Kiideva_(Sinalepa)_vallavalitsus, lk 11
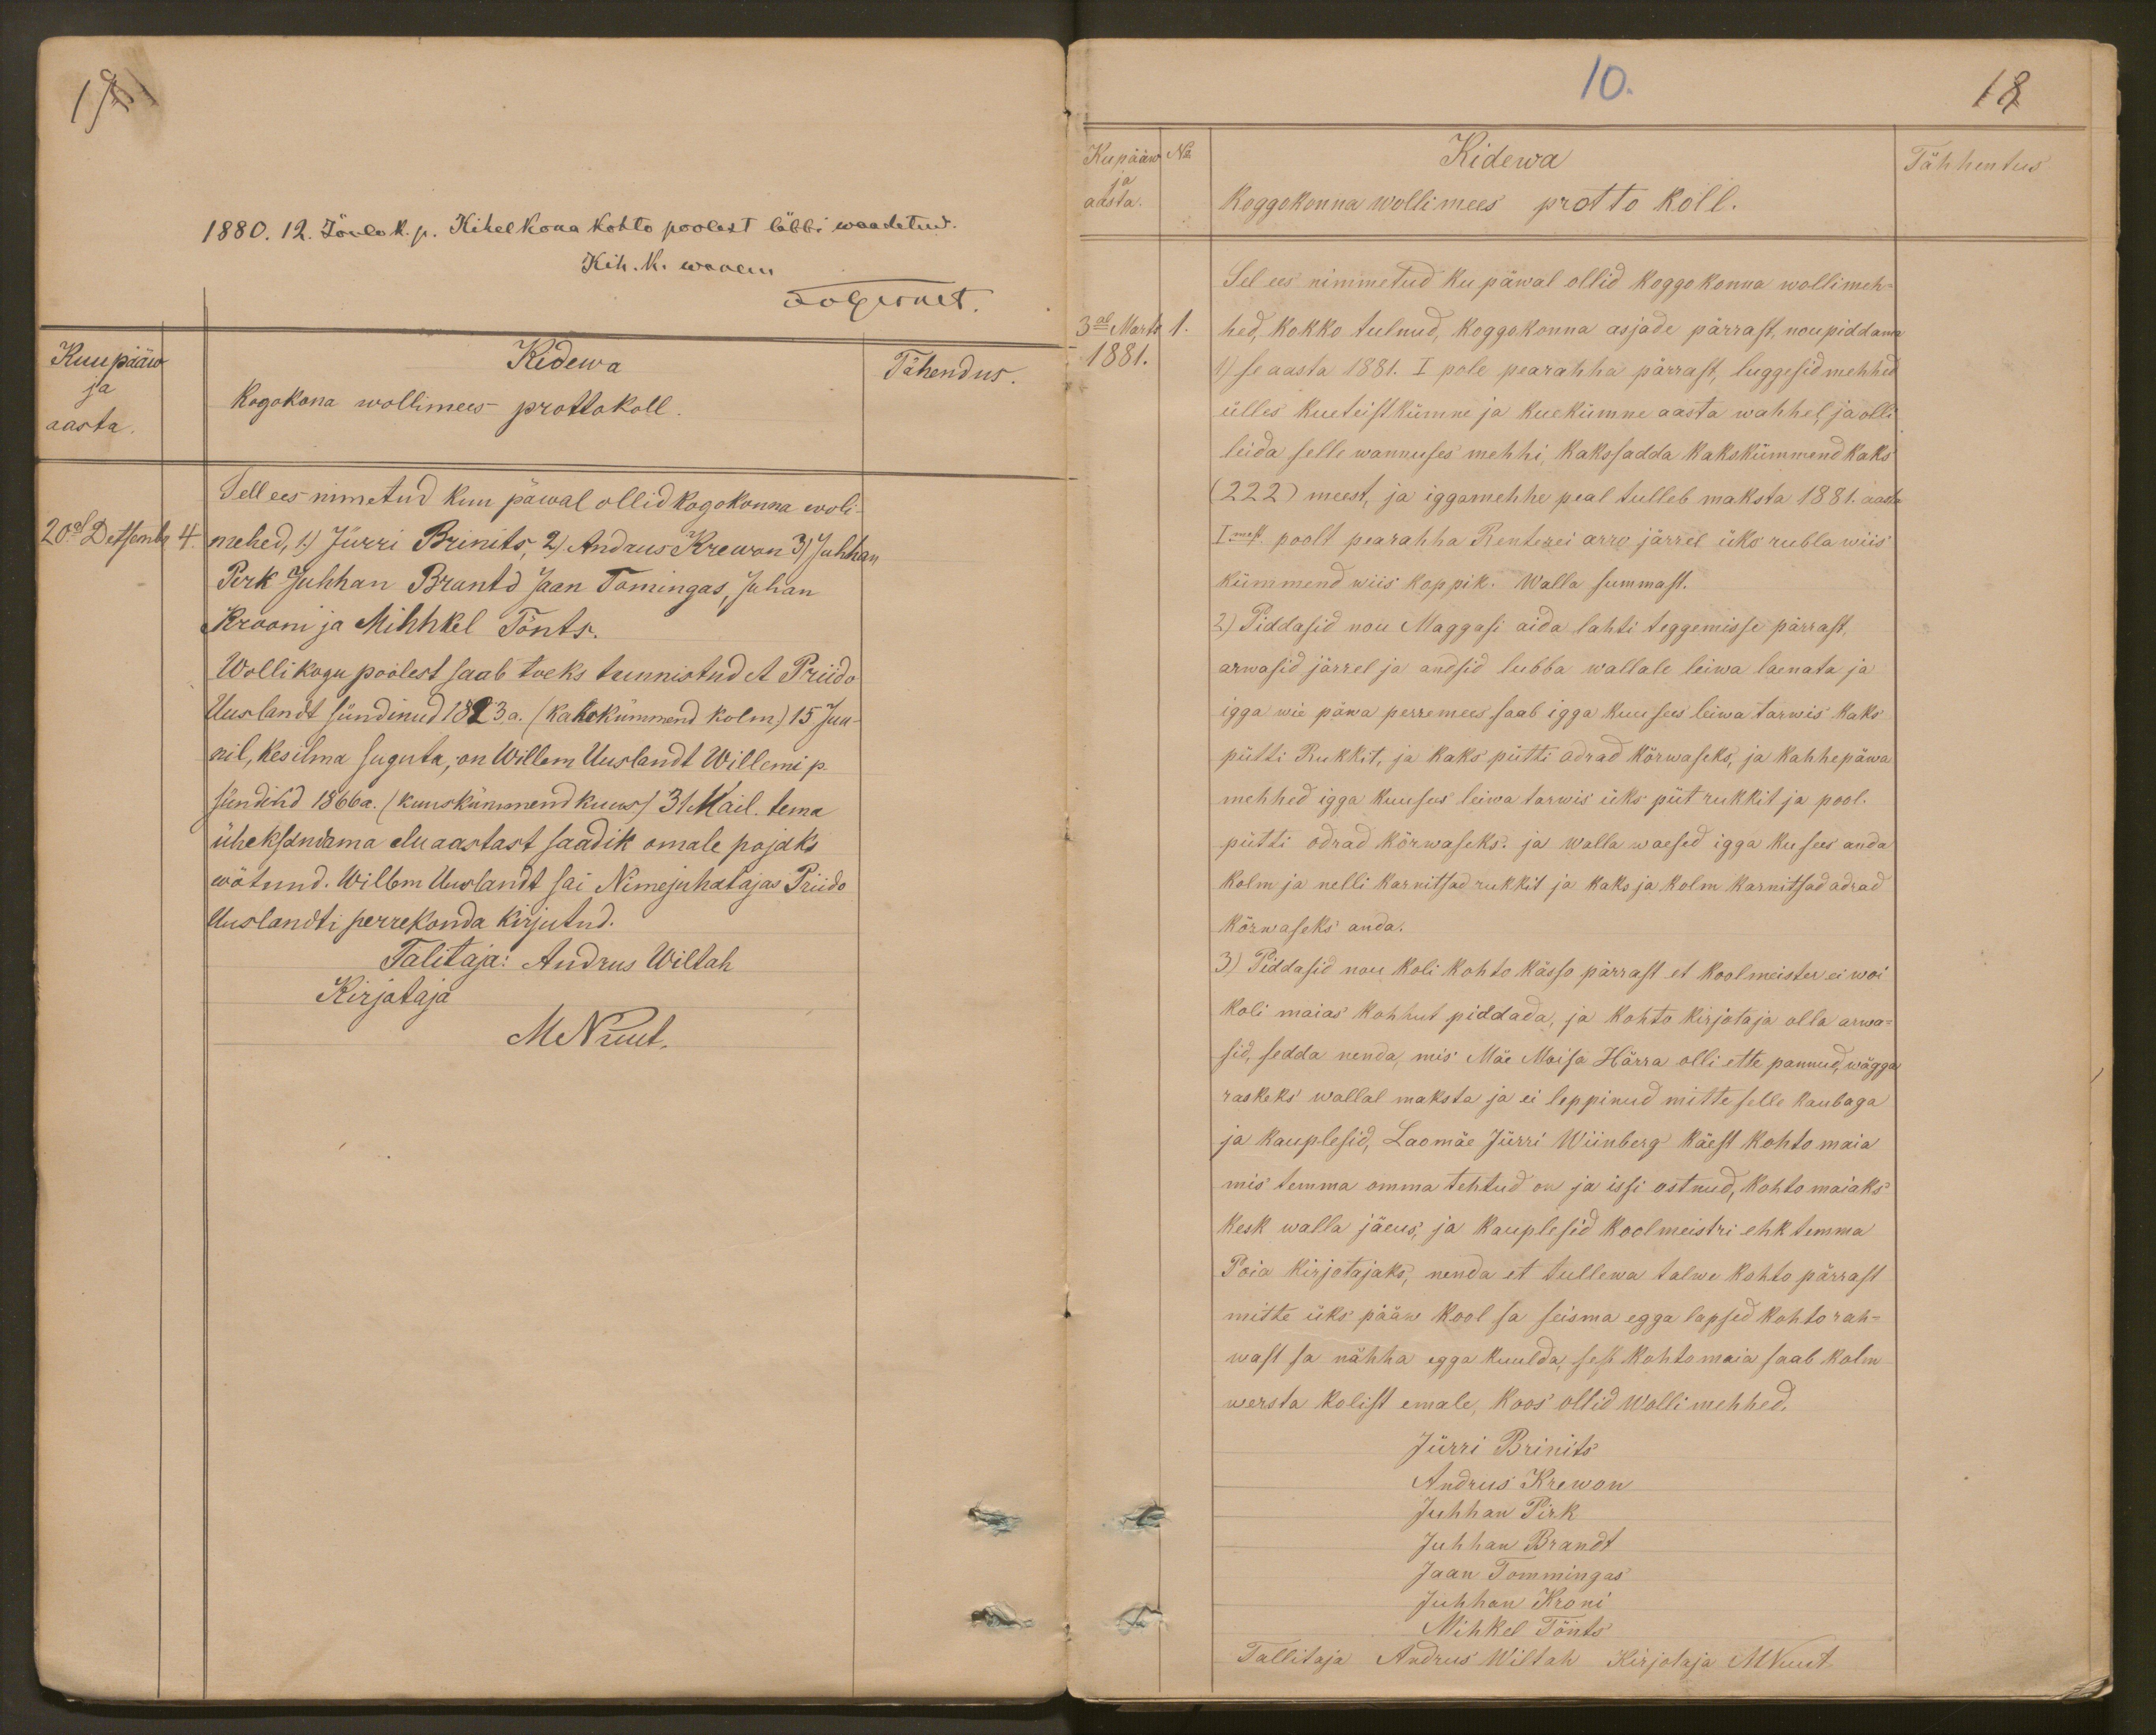
1880. 12. Jõulo k. p. Kihelkona kohto poolest läbbi waadetud.
Kih. K. wanem
FvGernet.
Kuu pääw
Kidewa
Tähendus.
ja
aasta
Kogokona wollimees prottokoll
Sell ees nimetud kuu päwal ollid kogokonna woli-
20d Detsembr 4.
mehed, 1) Jürri Brinits, 2) Andrus Krewon 3) Juhhan
Perk Juhhan Brantd Jaan Tomingas, Juhan
Krooni ja Mihhkel Tönts.
Wollikogu poolest saab toeks tunnistud et Priido
Uuslandt sündinud 1823 a. (kahekümmend kolm) 15 Juu-
nil, kes ilma suguta; on Willem Uuslandt Willemi p.
sündinud 1866 a. (kuuskümmend kuus) 31 Mail. tema
üheksandama elu aastast saadik omale pojaks
wõtnud. Willem Uuslandt sai Nimejuhatajas Priido
Uuslandti perrekonda kirjutud.
Talitaja: Andrus Wiltah
Kirjotaja
MNuut.

10.
18
Kupääw
No
Kidewa
Tähhentus
ja
aasta.
koggokonna wollimees protto koll.
Sel ees nimmetud ku päwal ollid koggokonna wollimeh-
3al Marts 1
hed, kokko tulnud, koggokonna asjade pärrast, noupiddama
1881.
1) se aasta 1881. I pole pearahha pärrast, luggesid mehhed
ülles kueteistkümne ja kuekümne aasta wahhel, ja olli
leida selle wannuses mehhi, kakssadda kakskümmend kaks
(222) meest, ja iggamehhe peal tulleb maksta 1881. aasta
Imest. poolt pearahha Renterei arro järrel üks rubla wiis
kümmend wiis koppik. Walla summast.
2) Piddasid nou Maggasi aida lahti teggemisse pärrast,
arwasid järrel ja andsid lubba wallale leiwa laenata ja
igga wie päwa perremees saab igga kuu sees leiwa tarwis kaks
pütti Rukkit, ja kaks pütti odrad kõrwaseks, ja kahhe päwa
mehhed igga kuu ses leiwa tarwis üks püt rukkit ja pool.
pütti odrad kõrwaseks. ja walla waesed igga ku sees anda
kolm ja nelli karnitsad rukkit ja kaks ja kolm karnitsad odrad
kõrwaseks anda.
3) Piddasid nou koli kohto kässo pärrast et koolmeister ei woi
koli maias kohhut piddada, ja kohto kirjotaja olla arwa-
sid, sedda nenda, mis Mäe Moisa Härra olli ette pannud, wägga
raskeks wallal maksta ja ei leppinud mitte selle kaubaga
ja kauplesid, Laomäe Jürri Wiinberg käest kohto maia
mis temma omma tehtud on ja issi ostnud, kohto maiaks
kesk walla jäeus, ja kauplesid koolmeistri ehk temma
Poia kirjotajaks, nenda et tullewa talwe kohto pärrast
mitte üks pääw kool sa seisma egga lapsed kohto rah-
wast sa nähha egga kuulda, sest kohtomaia saab kolm
wersta kolist emale, koos ollid wolli mehhed.
Jürri Brinits
Andrus Krewon
Juhhan Pirk
Juhhan Brandt
Jaan Tommingas
Juhhan Kroni
Mihkel Tönts
Tallitaja Andrus Wiltah Kirjotaja MNuut